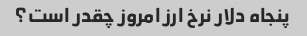
پنجاه دلار نرخ ارز امروز چقدر است؟